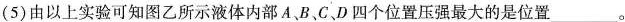
(5)由以上实验可知图乙所示液体内部A、B、C、D四个位置压强最大的是位置___。